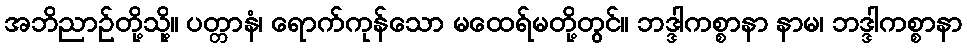
အဘိညာဉ်တို့သို့။ ပတ္တာနံ၊ ရောက်ကုန်သော မထေရ်မတို့တွင်။ ဘဒ္ဒါကစ္စာနာ နာမ၊ ဘဒ္ဒါကစ္စာနာ